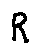
R